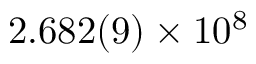
2 . 6 8 2 ( 9 ) \times 1 0 ^ { 8 }